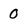
Character: 0